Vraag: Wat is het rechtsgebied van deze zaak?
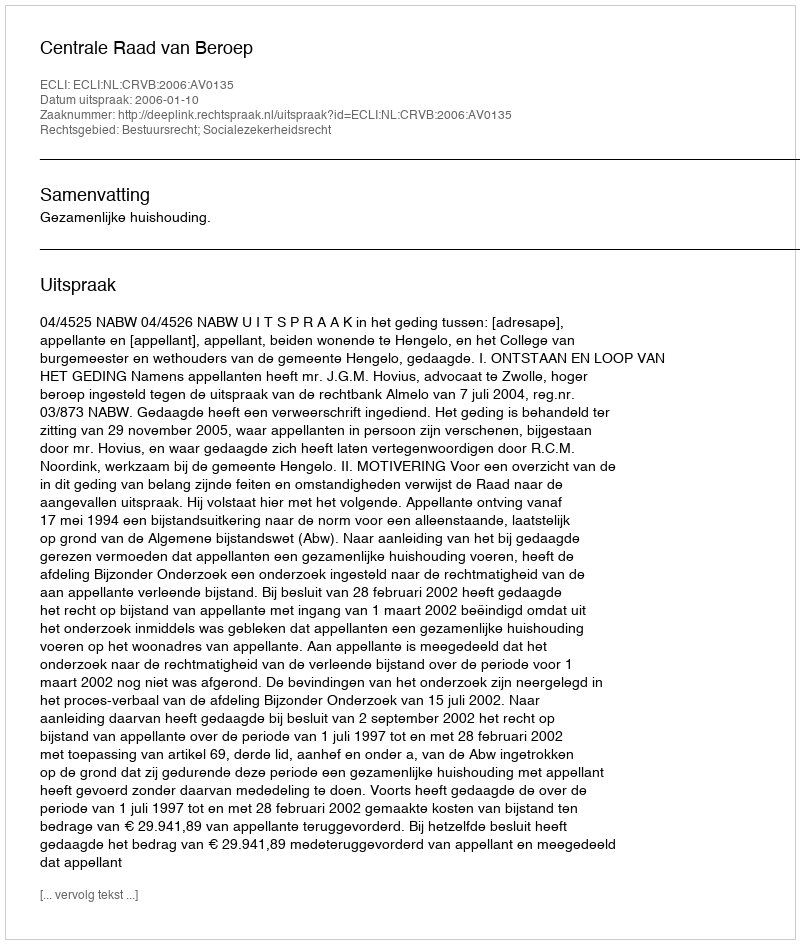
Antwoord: Bestuursrecht; Socialezekerheidsrecht